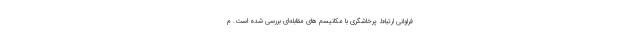
فراوانی ارتباط پرخاشگری با مکانیسم های مقابله‌ای بررسی شده است. م